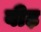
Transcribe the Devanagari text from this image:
बीढ़